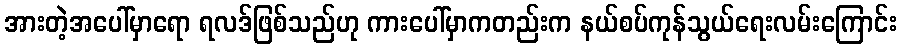
အားတဲ့အပေါ်မှာရော ရလဒ်ဖြစ်သည်ဟု ကားပေါ်မှာကတည်းက နယ်စပ်ကုန်သွယ်ရေးလမ်းကြောင်း